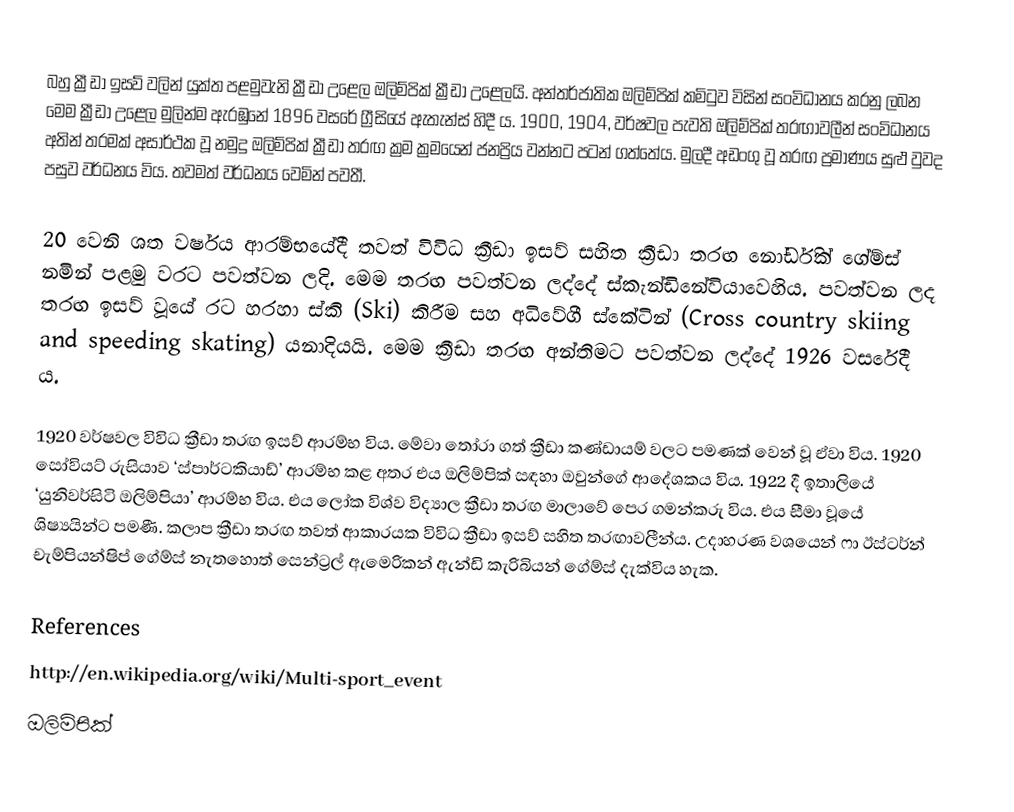
බහු ක්‍රීඩා ඉසව් වලින් යුක්ත පළමුවැනි ක්‍රීඩා උළෙල ඔලිම්පික් ක්‍රීඩා උළෙලයි. අන්තර්ජාතික ඔලිම්පික් කමිටුව විසින් සංවිධානය කරනු ලබන මෙම ක්‍රීඩා උළෙල මුලින්ම ඇරඹුනේ 1896 වසරේ ග්‍රීසියේ ඇතැන්ස් හිදී ය. 1900, 1904, වර්ෂවල පැවති ඔලිම්පික් තරඟාවලීන් සංවිධානය අතින් තරමක් අසාර්ථක වූ නමුදු ඔලිම්පික් ක්‍රීඩා තරඟ ක්‍රම ක්‍රමයෙන් ජනප්‍රිය වන්නට පටන් ගත්තේය. මුලදී අඩංගු වූ තරඟ ප්‍රමාණය සුළු වුවද පසුව වර්ධනය විය. තවමත් වර්ධනය වෙමින් පවතී.

20 වෙනි ශත වර්ෂය ආරම්භයේදී තවත් විවිධ ක්‍රීඩා ඉසව් සහිත ක්‍රීඩා තරඟ නෝර්ඩික් ගේම්ස් නමින් පළමු වරට පවත්වන ලදි. මෙම තරඟ පවත්වන ලද්දේ ස්කැන්ඩිනේවියාවෙහිය. පවත්වන ලද තරඟ ඉසව් වූයේ රට හරහා ස්කි (Ski) කිරීම සහ අධිවේගී ස්කේටින් (Cross country skiing and speeding skating) යනාදියයි. මෙම ක්‍රීඩා තරඟ අන්තිමට පවත්වන ලද්දේ 1926 වසරේදී ය.

1920 වර්ෂවල විවිධ ක්‍රීඩා තරඟ ඉසව් ආරම්භ විය. මේවා තෝරා ගත් ක්‍රීඩා කණ්ඩායම් වලට පමණක් වෙන් වූ ඒවා විය. 1920 සෝවියට් රුසියාව ‘ස්පාර්ටකියාඩ්’ ආරම්භ කළ අතර එය ඔලිම්පික් සඳහා ඔවුන්ගේ ආදේශකය විය. 1922 දී ඉතාලියේ ‘යුනිවර්සිටි ඔලිම්පියා’ ආරම්භ විය. එය ලෝක විශ්ව විද්‍යාල ක්‍රීඩා  තරඟ මාලාවේ පෙර ගමන්කරු විය. එය සීමා වූයේ ශිෂ්‍යයින්ට පමණී. කලාප ක්‍රීඩා තරඟ තවත් ආකාරයක විවිධ ක්‍රීඩා ඉසව් සහිත තරඟාවලීන්ය. උදාහරණ වශයෙන් ෆා ඊස්ටර්න් චැම්පියන්ෂිප් ගේම්ස් නැතහොත් සෙන්ට්‍රල් ඇමෙරිකන් ඇන්ඩි කැරිබියන් ගේම්ස් දැක්විය හැක.

References
http://en.wikipedia.org/wiki/Multi-sport_event
ඔලිම්පික්